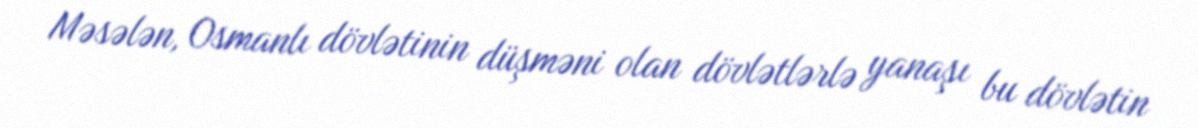
Məsələn, Osmanlı dövlətinin düşməni olan dövlətlərlə yanaşı bu dövlətin